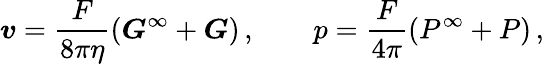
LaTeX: \boldsymbol{v}=\frac{F}{8\pi\eta}\left(\boldsymbol{G}^{\infty}+\boldsymbol{G}\right)\, ,\qquad p=\frac{F}{4\pi}\left(P^{\infty}+P\right)\, ,